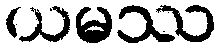
ယမဿ